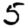
Digit: 5